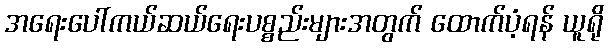
အရေးပေါ်ကယ်ဆယ်ရေးပစ္စည်းများအတွက် ထောက်ပံ့ရန် ယူရို